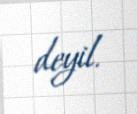
deyil.